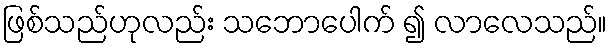
ဖြစ်သည်ဟုလည်း သဘောပေါက် ၍ လာလေသည်။